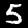
Digit: 5